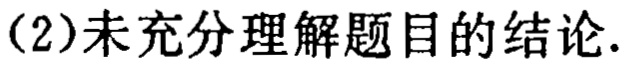
若存在着 100 条直线共有 1985 个交点，则应有 \(n_1\) 条，\(n_2\) 条，\(\cdots\)，\(n_k\) 条直线分别共点使之满足